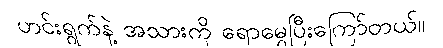
ဟင်းရွက်နဲ့ အသားကို ရောမွှေပြီးကြော်တယ်။